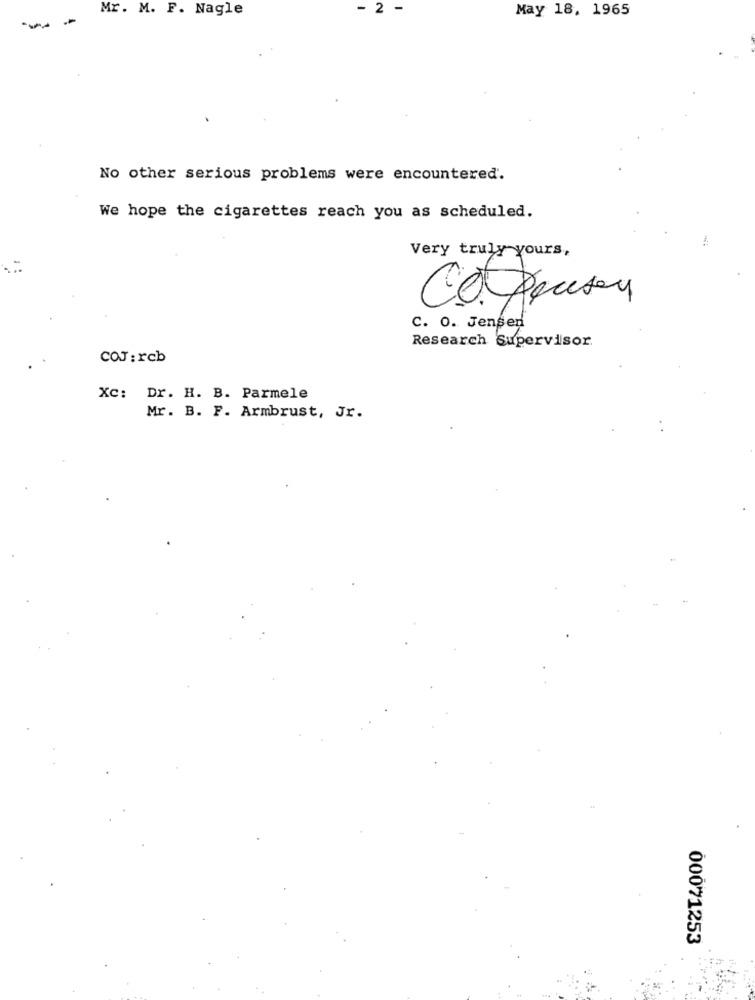
Mr. M. F. Nagle
- 2 -
May 18, 1965
--
No other serious problems were encountered.
We hope the cigarettes reach you as scheduled.
Very truly yours,
Co Pecsen
c. o. Jensen
Research Supervisor
COJ: rcb
Xc: Dr. H. B. Parmele
Mr. B. F. Armbrust, Jr.
00071253